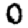
Digit: 0